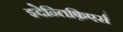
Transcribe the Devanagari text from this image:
इदेन्तिफ़िएर्स